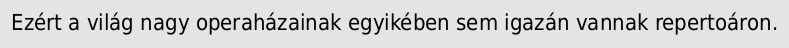
Ezért a világ nagy operaházainak egyikében sem igazán vannak repertoáron.